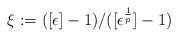
LaTeX: \begin{align*} \xi := ([\epsilon] - 1) / ([\epsilon^{\frac{1}{p}}] - 1)\end{align*}